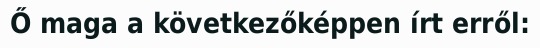
Ő maga a következőképpen írt erről: